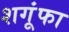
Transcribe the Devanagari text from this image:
शगूंफा